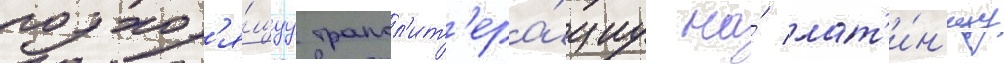
подход'я́щуу трансл'ит'ера́циу на́ лат'и́н'ицу